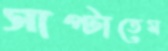
সাপ্‌টাতেম